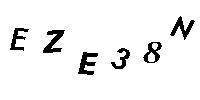
EZE38N